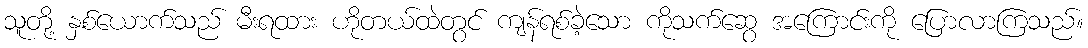
သူတို့ နှစ်ယောက်သည် မီးရထား ဟိုတယ်ထဲတွင် ကျန်ရစ်ခဲ့သော ကိုသက်ဆွေ အကြောင်းကို ပြောလာကြသည်။